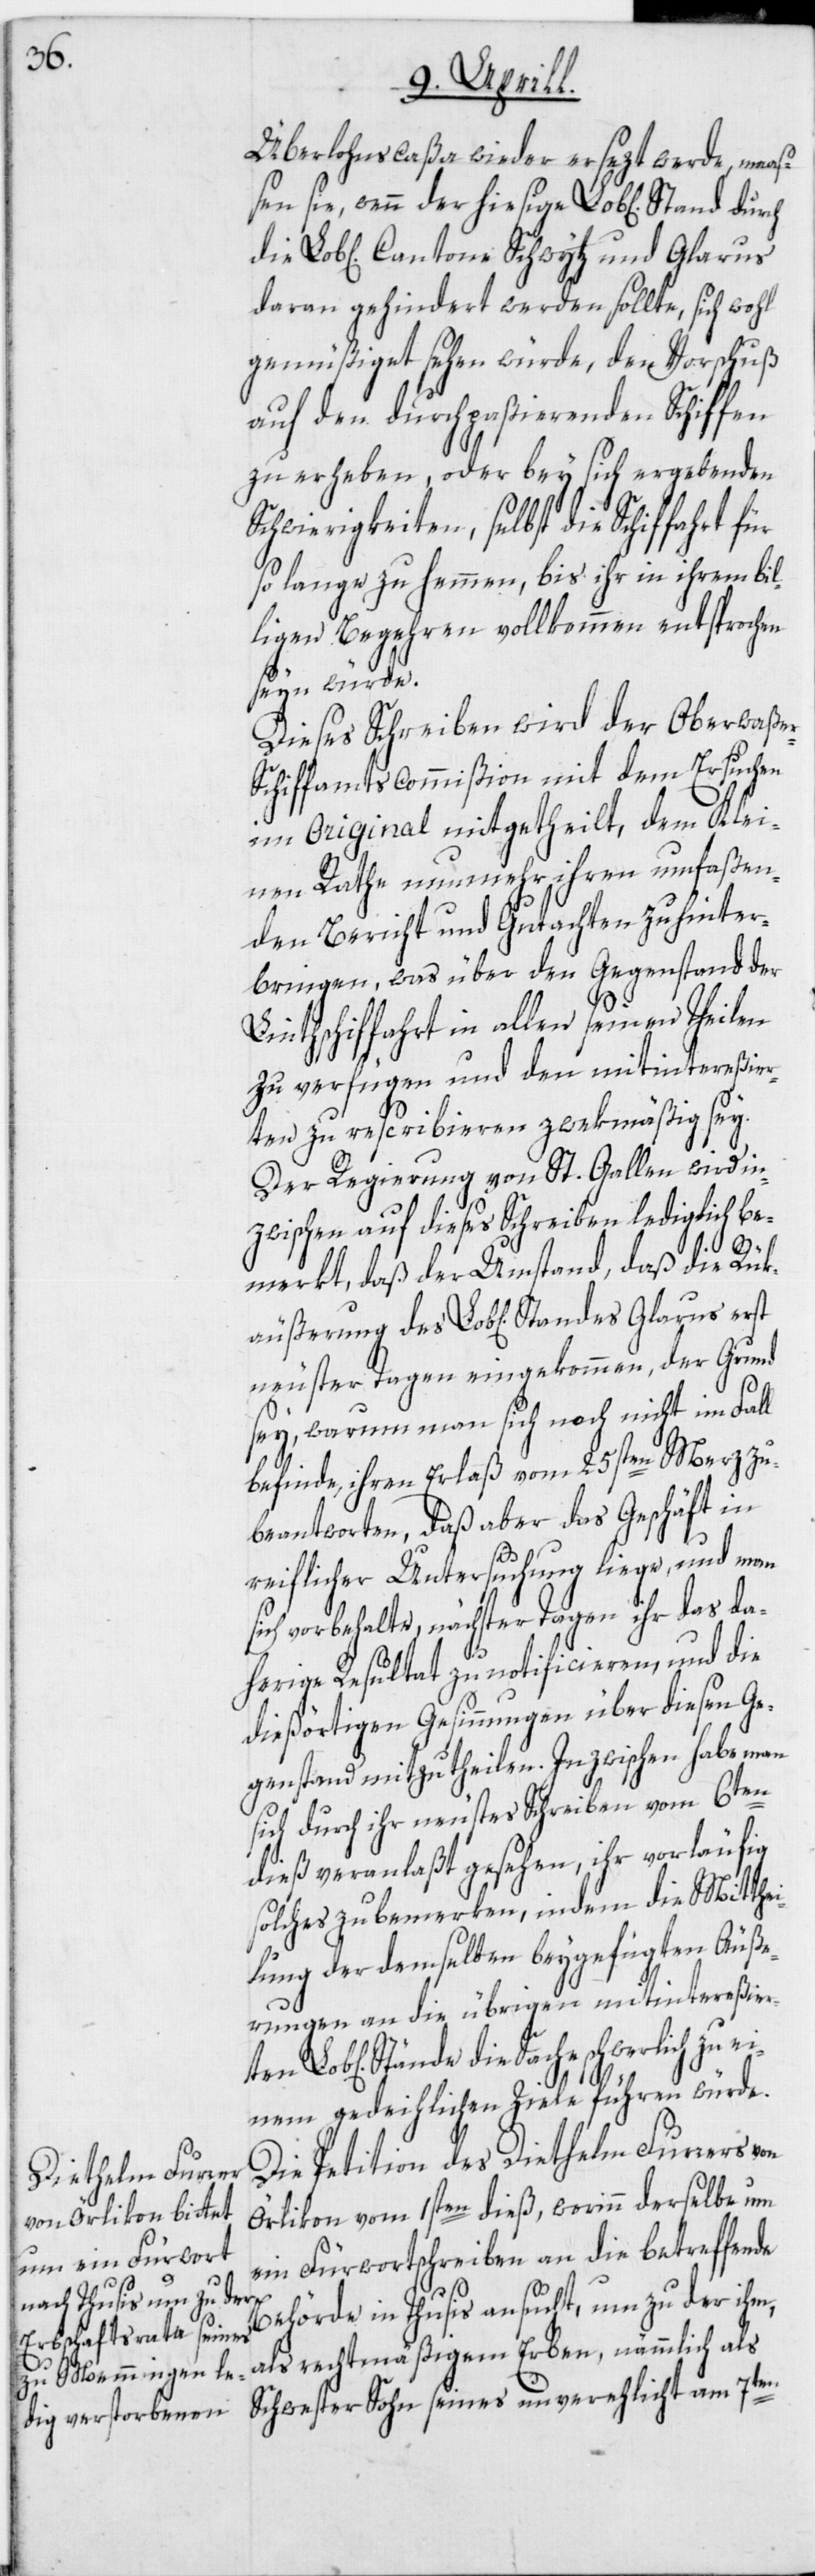
Überlohnscaßa wieder ersezt werde, maaß¬
en sie, wenn der hiesige Lob[liche] Stand
daran gehindert werden sollte, sich wohl
gemüßiget sehen würde, den Vorschuß
auf den durchpaßierenden Schiffen
zu erheben, oder bey sich ergebenden
Schwierigkeiten, selbst die Schiffahrt für
so lange zu hemmen, bis ihr in ihrem bil¬
ligen Begehren vollkommen entsprochen
seyn würde.
Dieses Schreiben wird der Oberwaße¬
r-Schiffamtscommißion mit dem Ersuchen
im Original mitgetheilt, dem Klei¬
nen Rathe nunmehr ihren umfaßen¬
den Bericht und Gutachten zu hinter¬
bringen, was über den Gegenstand der
Linthschiffahrt in allen seinen Theilen
zu verfügen und den mitintereßier¬
ten zu rescribieren zwekmäßig sey.
Der Regierung von St. Gallen wird in¬
zwischen auf dieses Schreiben lediglich be¬
Lo¬
merkt, daß der Umstand, daß die Rük¬
äußerung des Lob[lichen] Standes
neuster Tagen eingekommen, der Grund
sey, warum man sich noch nicht im Fall
befinde, ihren Erlaß vom 25sten Merz zu
beantworten, daß aber das Geschäft in
reiflicher Untersuchung liege, und man
sich vorbehalte, nächster Tagen ihr das da¬
herige Resultat zu notificieren, und die
dießörtigen Gesinnungen über diesen Ge¬
genstand mitzutheilen. Inzwischen habe man
sich durch ihr neustes Schreiben vom 6ten
dieß veranlaßt gesehen, ihr vorläufig
solches zu bemerken, indem die Mitthe¬
ilung der demselben beygefügten Äuße¬
rungen an die übrigen mitintereßierten
b[lichen] Stände die Sache schwerlich zu
einem gedeihlichen Ziele führen würde.
Die Petition des Diethelm Furrers von
Örlikon vom 1sten dieß, worinn derselbe um
ein Fürwortschreiben an die betreffende
Behörde in Thusis ansucht, um zu der ihm,
als rechtmäßigem Erben, nämmlich als
Schwester Sohn seines unverehelicht am 7ten